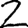
Digit: 2